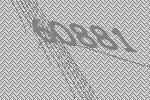
60881